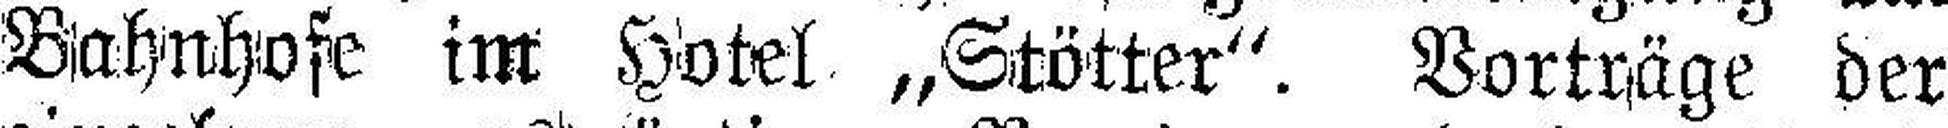
Bahnhofe im Hotel „Stötter“. Vorträge der